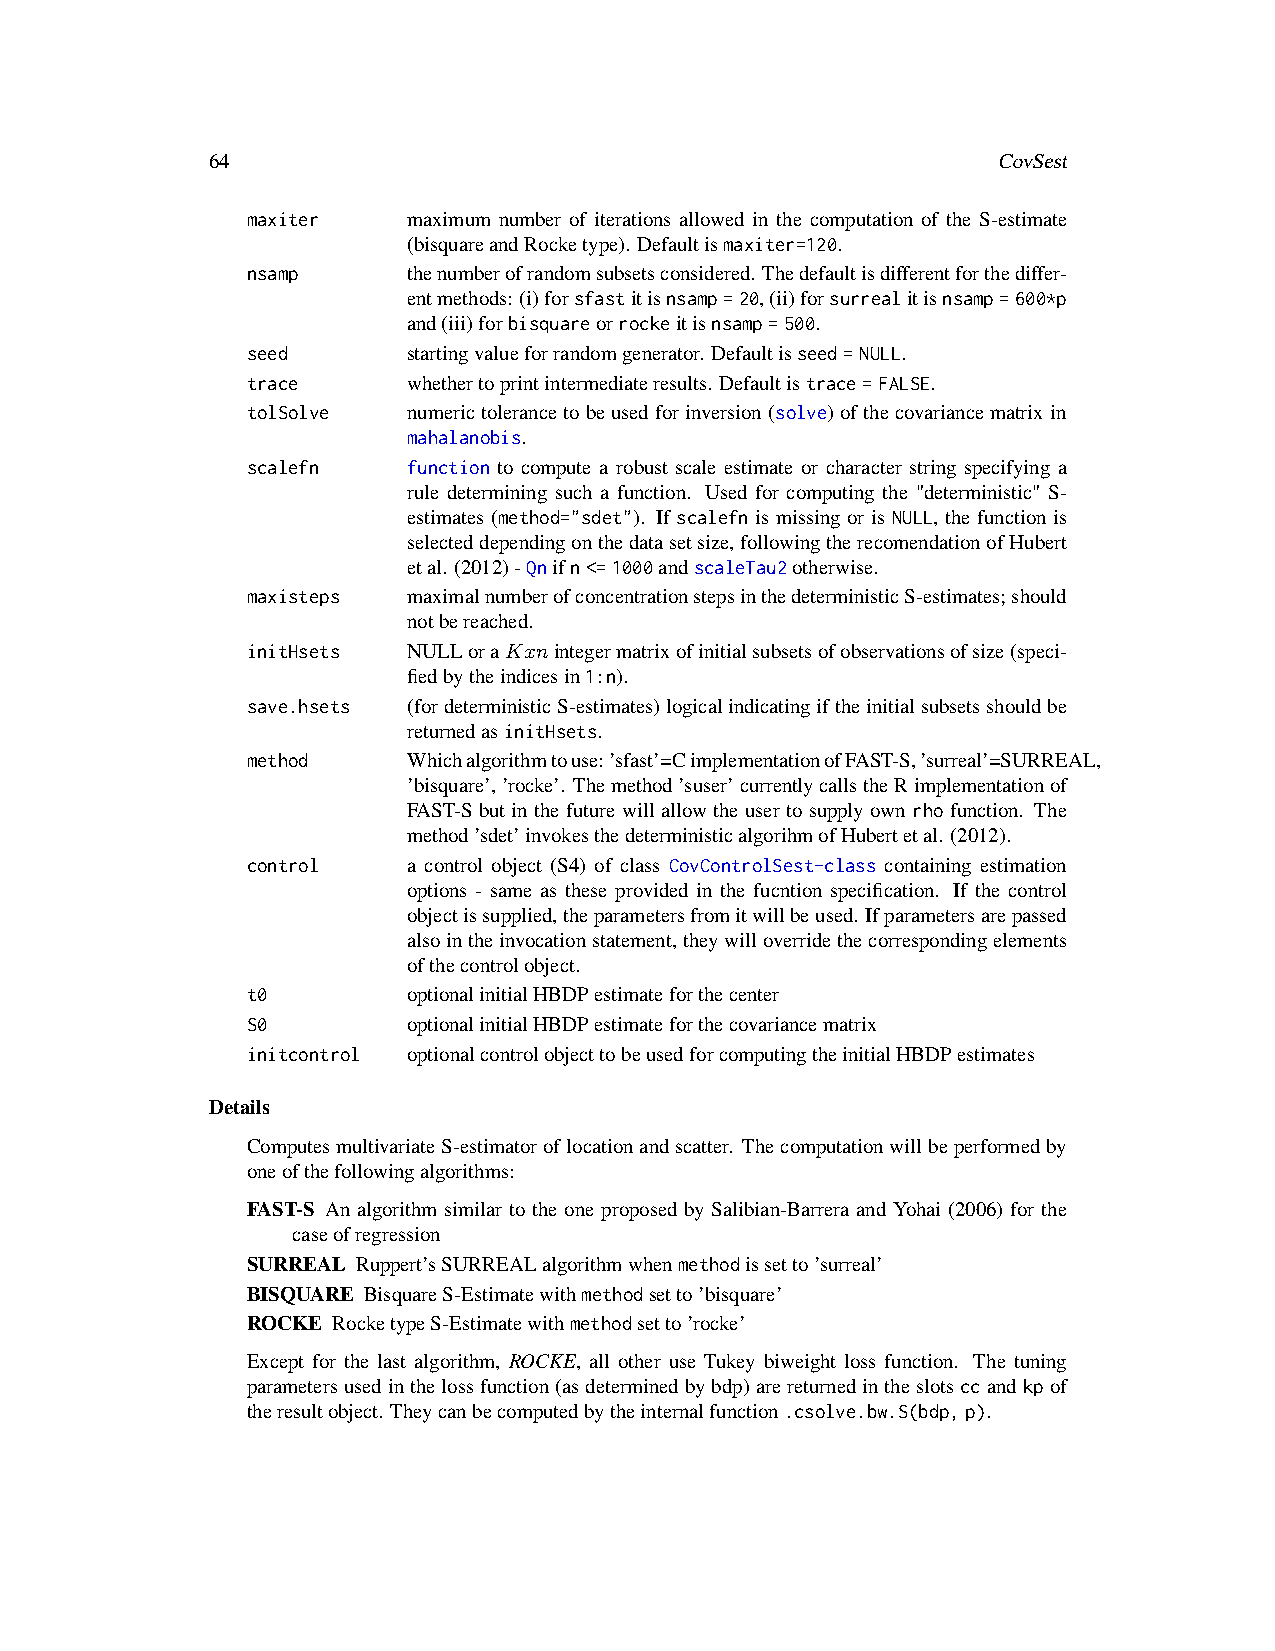
64                                                  CovSest
 maxiter    maximum number of iterations allowed in the computation of the S-estimate
 (bisquareandRocketype). Defaultismaxiter=120.
 nsamp      thenumberofrandomsubsetsconsidered. Thedefaultisdifferentforthediffer-
 entmethods: (i)forsfastitisnsamp=20,(ii)forsurrealitisnsamp=600*p
 and(iii)forbisquareorrockeitisnsamp=500.
 seed       startingvalueforrandomgenerator. Defaultisseed=NULL.
 trace      whethertoprintintermediateresults. Defaultistrace=FALSE.
 tolSolve   numerictolerancetobeusedforinversion(solve)ofthecovariancematrixin
 mahalanobis.
 scalefn    function to compute a robust scale estimate or character string specifying a
 rule determining such a function. Used for computing the "deterministic" S-
 estimates (method="sdet"). If scalefn is missing or is NULL, the function is
 selecteddependingonthedatasetsize,followingtherecomendationofHubert
 etal. (2012)-Qnifn<=1000andscaleTau2otherwise.
 maxisteps  maximalnumberofconcentrationstepsinthedeterministicS-estimates;should
 notbereached.
 initHsets  NULLoraKxnintegermatrixofinitialsubsetsofobservationsofsize(speci-
 fiedbytheindicesin1:n).
 save.hsets (fordeterministicS-estimates)logicalindicatingiftheinitialsubsetsshouldbe
 returnedasinitHsets.
 method     Whichalgorithmtouse:’sfast’=CimplementationofFAST-S,’surreal’=SURREAL,
 ’bisquare’,’rocke’. Themethod’suser’currentlycallstheRimplementationof
 FAST-S but in the future will allow the user to supply own rho function. The
 method’sdet’invokesthedeterministicalgorihmofHubertetal. (2012).
 control    a control object (S4) of class CovControlSest-class containing estimation
 options - same as these provided in the fucntion specification. If the control
 objectissupplied,theparametersfromitwillbeused. Ifparametersarepassed
 alsointheinvocationstatement,theywilloverridethecorrespondingelements
 ofthecontrolobject.
 t0         optionalinitialHBDPestimateforthecenter
 S0         optionalinitialHBDPestimateforthecovariancematrix
 initcontrol optionalcontrolobjecttobeusedforcomputingtheinitialHBDPestimates
 Details
 ComputesmultivariateS-estimatoroflocationandscatter. Thecomputationwillbeperformedby
 oneofthefollowingalgorithms:
 FAST-S An algorithm similar to the one proposed by Salibian-Barrera and Yohai (2006) for the
 caseofregression
 SURREAL Ruppert’sSURREALalgorithmwhenmethodissetto’surreal’
 BISQUARE BisquareS-Estimatewithmethodsetto’bisquare’
 ROCKE RocketypeS-Estimatewithmethodsetto’rocke’
 Except for the last algorithm, ROCKE, all other use Tukey biweight loss function. The tuning
 parametersusedinthelossfunction(asdeterminedbybdp)arereturnedintheslotsccandkpof
 theresultobject. Theycanbecomputedbytheinternalfunction.csolve.bw.S(bdp,p).